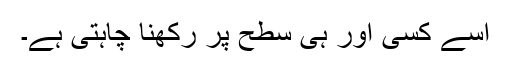
اسے کسی اور ہی سطح پر رکھنا چاہتی ہے۔